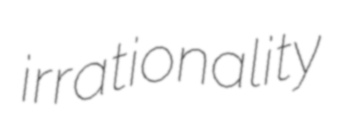
irrationality